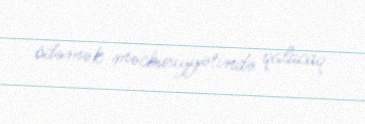
ödəmək məcburiyyətində qalacaq.